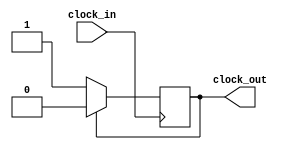
module Divisor_freq
(clock_in,clock_out);
input clock_in;
output reg clock_out;

always @(posedge clock_in)
begin
 clock_out <= (clock_out)? 1'b0:1'b1;
end
endmodule